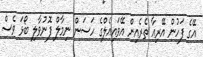
އޭގެ ފަހުން އޭރިއާ ތެރެއިން އޭވައިއެލްގެ ހަސަން ނިމާލް ފޮނުވާލި ބޯޅަ ވެސް